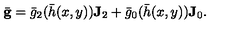
\bar { \mathbf { g } } = \bar { g } _ { 2 } ( \bar { h } ( x , y ) ) \mathbf { J } _ { 2 } + \bar { g } _ { 0 } ( \bar { h } ( x , y ) ) \mathbf { J } _ { 0 } .